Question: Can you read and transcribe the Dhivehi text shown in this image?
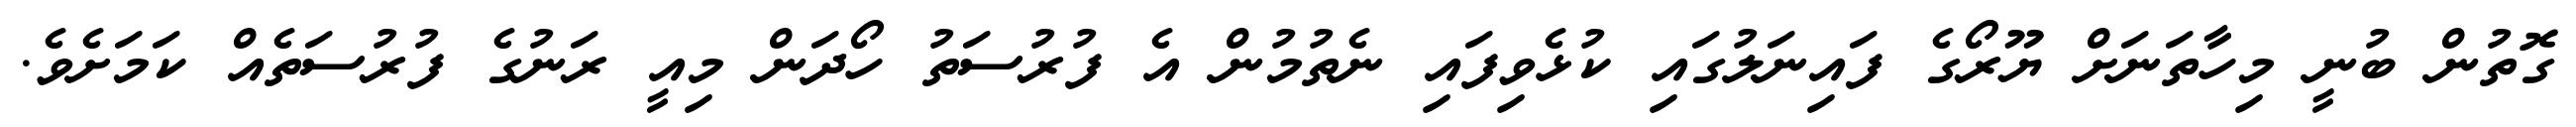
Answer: ގޮތުން ބުނީ މިހާތަނަށް ޔޫރޯގެ ފައިނަލުގައި ކުޅެވިފައި ނެތުމުން އެ ފުރުސަތު ހޯދަން މިއީ ރަނުގެ ފުރުސަތެއް ކަމަށެވެ.